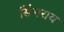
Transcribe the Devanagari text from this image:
सिंगराय